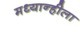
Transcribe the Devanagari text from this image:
मध्यान्हीला